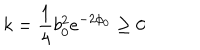
k = \frac { 1 } { 4 } b _ { 0 } ^ { 2 } e ^ { - 2 \phi _ { 0 } } \ge 0